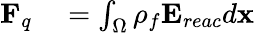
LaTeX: \begin{array}{rl}{\mathbf{F}_{q}}&{{}=\int_{\Omega}\rho_{f}\mathbf{E}_{reac}d\mathbf{x}}\end{array}